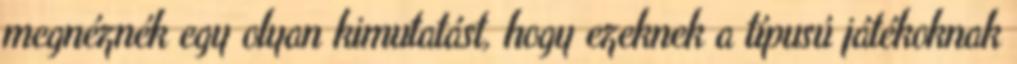
megnéznék egy olyan kimutatást, hogy ezeknek a típusú játékoknak